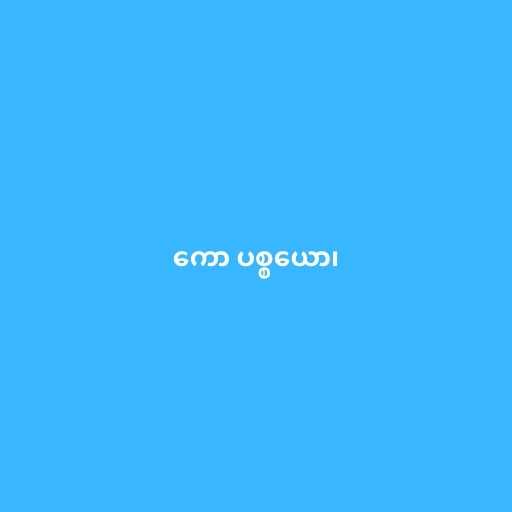
ကော ပစ္စယော၊